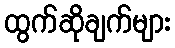
ထွက်ဆိုချက်များ